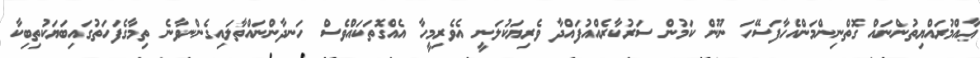
ޢާއްމުރައްޔިތުންނައް ގޮތްނިންމަންއެހާފަސޭހަ ނޫން ކަމުން ސަރުކާރެއްއުފައްދާ ވެރިޔަކުލަނީ އެވެރިމީހާ އެއްގޮތަކައްވެސް ހަނދާންނައްތާލައިގެންނވާނެ ތިމާގެފަހަތުގައިބަޔަކުތިބިކާ